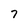
Character: 7